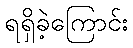
ရရှိခဲ့ကြောင်း